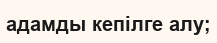
адамды кепілге алу;